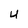
Character: U